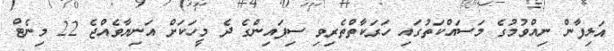
އަލިފާން ނިއްވުމުގެ މަސައްކަތުގައި ހަރަކާތްތެރިވި ސިފައިންގެ ދެ މީހަކަށް އަނިޔާވެއްޖެ 22 މިނެޓް